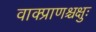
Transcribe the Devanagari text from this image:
वाक्प्राणश्चक्षुः